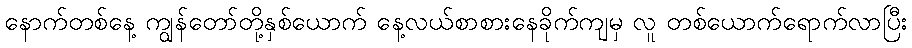
နောက်တစ်နေ့ ကျွန်တော်တို့နှစ်ယောက် နေ့လယ်စာစားနေခိုက်ကျမှ လူ တစ်ယောက်ရောက်လာပြီး